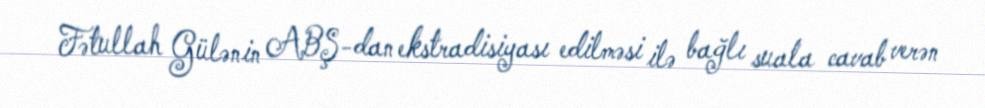
Fətullah Gülənin ABŞ-dan ekstradisiyası edilməsi ilə bağlı suala cavab verən